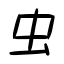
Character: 虫